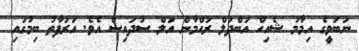
ނަބަވީގެ އިމާމު ޝެއިހް އަބްދުލް ރަހްމާން އަލް ސުދައިސް އެވެ. އަރަފާތު ބިމުގައި